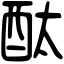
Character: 酞